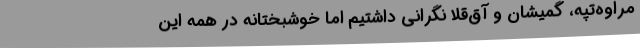
مراوه‌تپه، گمیشان و آق‌قلا نگرانی داشتیم اما خوشبختانه در همه این